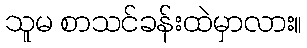
သူမ စာသင်ခန်းထဲမှာလား။